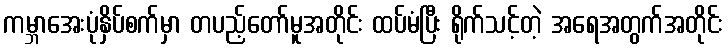
ကမ္ဘာအေးပုံနှိပ်စက်မှာ တပည့်တော်မူအတိုင်း ထပ်မံပြီး ရိုက်သင့်တဲ့ အရေအတွက်အတိုင်း